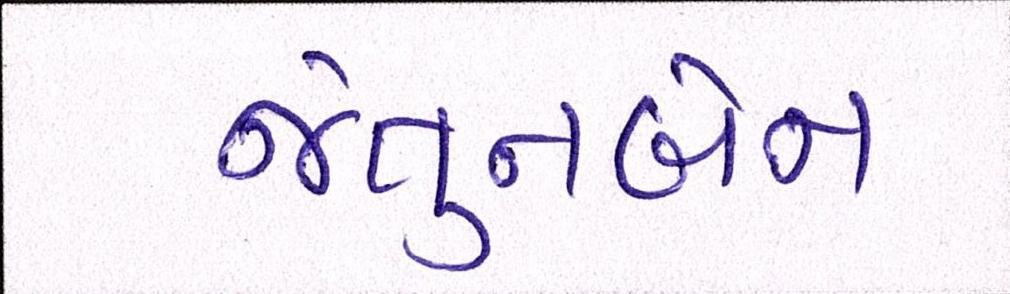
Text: જેતુનબેન